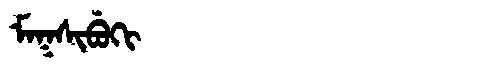
Manchu: ᠮᠠᡴᠰᡳᠪᡠᡴᡳ
Romanization: MAKSIBUKI